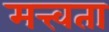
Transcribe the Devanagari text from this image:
मत्त्वता